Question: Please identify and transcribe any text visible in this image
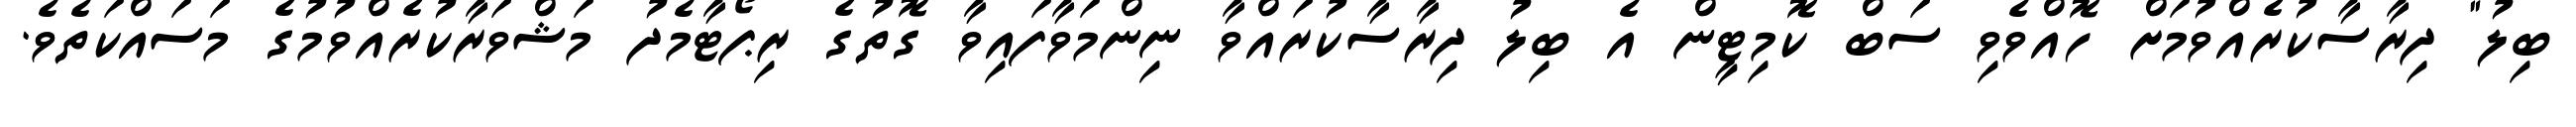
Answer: ބިލު" ދިރާސާކުރެއްވުމަށް ހޮއްވެވި ސަބް ކޮމިޓީން އެ ބިލު ދިރާސާކުރައްވާ ނިންމަވާފައިވާ ގޮތުގެ ރިޕޯޓާމެދު މަޝްވަރާކުރެއްވުމުގެ މަސައްކަތެވެ.